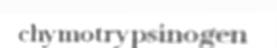
chymotrypsinogen